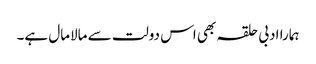
ہمارا ادبی حلقہ بھی اس دولت سے مالامال ہے۔